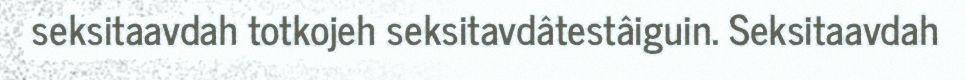
seksitaavdah totkojeh seksitavdâtestâiguin. Seksitaavdah